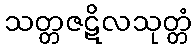
သတ္တဇဋိလသုတ္တံ